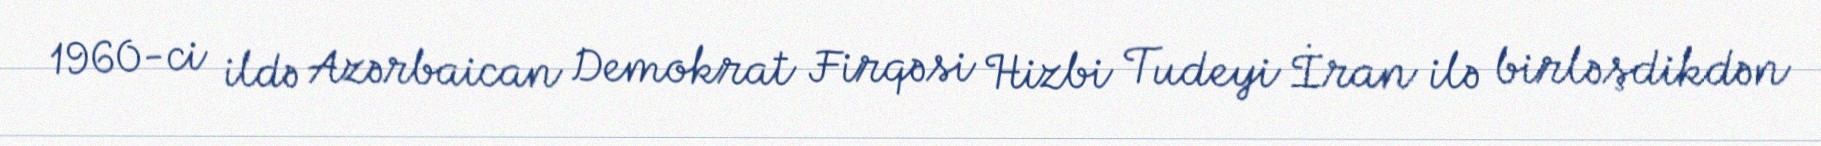
1960-ci ildə Azərbaican Demokrat Firqəsi Hizbi Tudeyi İran ilə birləşdikdən